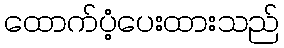
ထောက်ပံ့ပေးထားသည်